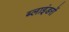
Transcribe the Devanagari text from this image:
ब्लाइंडरों